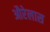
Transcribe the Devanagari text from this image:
औरेलास